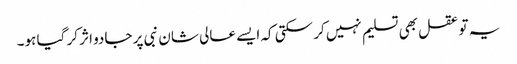
یہ تو عقل بھی تسلیم نہیں کر سکتی کہ ایسے عالی شان نبی پر جادو اثر کر گیا ہو۔